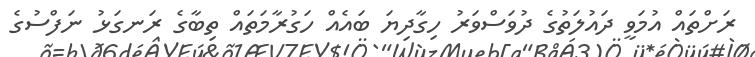
ރަށްތައް އުމަވީ ދައުލަތުގެ ދުވަސްވަރު ހިގާދިޔަ ބައެއް ހަގުރާމަތައް ތިބާގެ ރަނގަޅު ނަފްސުގެ